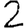
Digit: 2